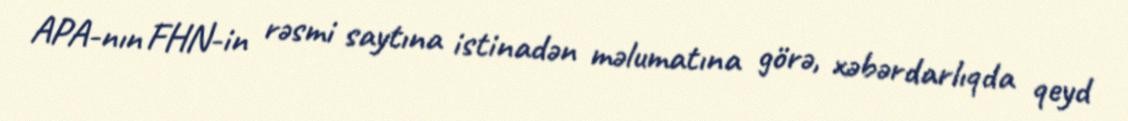
APA-nın FHN-in rəsmi saytına istinadən məlumatına görə, xəbərdarlıqda qeyd